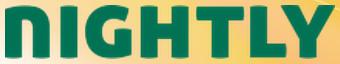
nightly